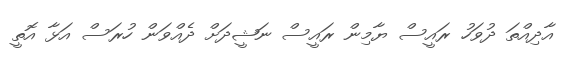
އާދިއްތަ ދުވަހު ރައީސް ޔާމިން ރައީސް ނަޝީދަށް ދެއްވަން ހުރަސް އަޅާ އޮތީ